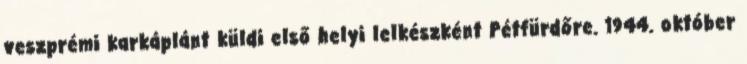
veszprémi karkáplánt küldi első helyi lelkészként Pétfürdőre. 1944. október